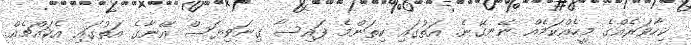
ކިހާވަރެއްގެ މީހެއްކަމެއް ނޭނގޭނެ. އަތުގައި ކިތަންމެ ފައިސާ ގިނަވިޔަސް އޭނާގެ އަތުގައި އެކައްޗެއް